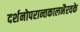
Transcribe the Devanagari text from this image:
दर्शनोपरान्तकालभैरवके